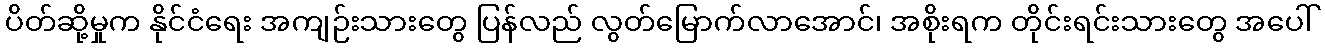
ပိတ်ဆို့မှုက နိုင်ငံရေး အကျဉ်းသားတွေ ပြန်လည် လွတ်မြောက်လာအောင်၊ အစိုးရက တိုင်းရင်းသားတွေ အပေါ်